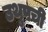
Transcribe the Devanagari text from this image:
उथुपची